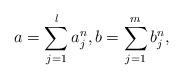
LaTeX: \begin{align*}a=\sum_{j=1}^l a_j^n, b=\sum_{j=1}^m b_j^n,\end{align*}